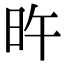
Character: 旿